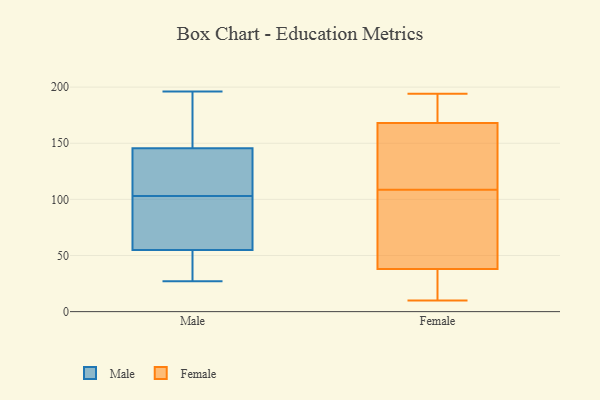
{"axis": {"x": "LTV (USD)", "y": "Value"}, "legend": ["Female", "Male"], "data": [{"x": "", "y": 149, "type": "Male"}, {"x": "", "y": 89, "type": "Male"}, {"x": "", "y": 44, "type": "Male"}, {"x": "", "y": 132, "type": "Male"}, {"x": "", "y": 142, "type": "Male"}, {"x": "", "y": 94, "type": "Male"}, {"x": "", "y": 60, "type": "Male"}, {"x": "", "y": 27, "type": "Male"}, {"x": "", "y": 174, "type": "Male"}, {"x": "", "y": 50, "type": "Male"}, {"x": "", "y": 139, "type": "Male"}, {"x": "", "y": 101, "type": "Male"}, {"x": "", "y": 105, "type": "Male"}, {"x": "", "y": 67, "type": "Male"}, {"x": "", "y": 153, "type": "Male"}, {"x": "", "y": 109, "type": "Male"}, {"x": "", "y": 31, "type": "Male"}, {"x": "", "y": 44, "type": "Male"}, {"x": "", "y": 186, "type": "Male"}, {"x": "", "y": 196, "type": "Male"}, {"x": "", "y": 25, "type": "Female"}, {"x": "", "y": 57, "type": "Female"}, {"x": "", "y": 188, "type": "Female"}, {"x": "", "y": 15, "type": "Female"}, {"x": "", "y": 179, "type": "Female"}, {"x": "", "y": 81, "type": "Female"}, {"x": "", "y": 100, "type": "Female"}, {"x": "", "y": 117, "type": "Female"}, {"x": "", "y": 154, "type": "Female"}, {"x": "", "y": 38, "type": "Female"}, {"x": "", "y": 126, "type": "Female"}, {"x": "", "y": 168, "type": "Female"}, {"x": "", "y": 10, "type": "Female"}, {"x": "", "y": 194, "type": "Female"}]}